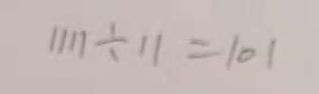
1 1 1 1 \div 1 1 = 1 0 1